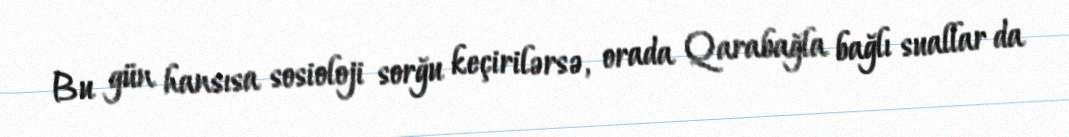
Bu gün hansısa sosioloji sorğu keçirilərsə, orada Qarabağla bağlı suallar da